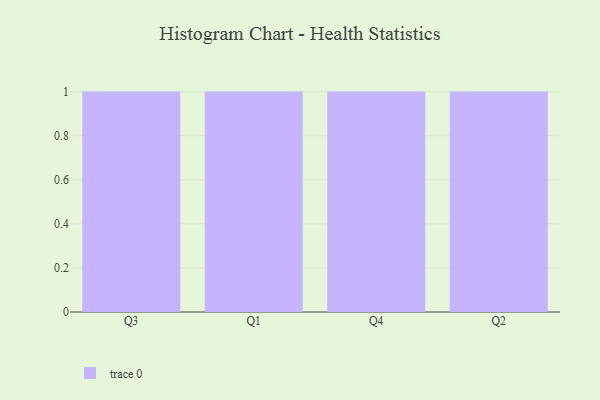
{"axis": {"x": "Quarter", "y": "Bounce Rate (%)"}, "legend": [""], "data": [{"x": "Q3", "y": 47, "type": ""}, {"x": "Q1", "y": 70, "type": ""}, {"x": "Q4", "y": 74, "type": ""}, {"x": "Q2", "y": 10, "type": ""}]}